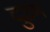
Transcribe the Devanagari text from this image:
दुउम